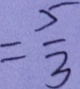
= \frac { 5 } { 3 }